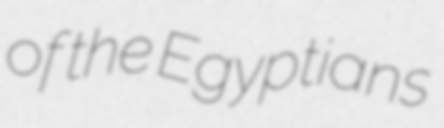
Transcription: of the Egyptians